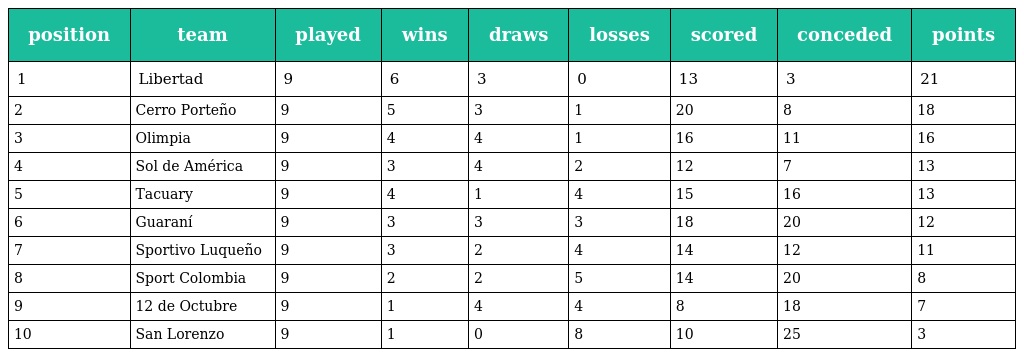
| position | team | played | wins | draws | losses | scored | conceded | points |
 | --- | --- | --- | --- | --- | --- | --- | --- | --- |
 | 1 | Libertad | 9 | 6 | 3 | 0 | 13 | 3 | 21 |
 | 2 | Cerro Porteño | 9 | 5 | 3 | 1 | 20 | 8 | 18 |
 | 3 | Olimpia | 9 | 4 | 4 | 1 | 16 | 11 | 16 |
 | 4 | Sol de América | 9 | 3 | 4 | 2 | 12 | 7 | 13 |
 | 5 | Tacuary | 9 | 4 | 1 | 4 | 15 | 16 | 13 |
 | 6 | Guaraní | 9 | 3 | 3 | 3 | 18 | 20 | 12 |
 | 7 | Sportivo Luqueño | 9 | 3 | 2 | 4 | 14 | 12 | 11 |
 | 8 | Sport Colombia | 9 | 2 | 2 | 5 | 14 | 20 | 8 |
 | 9 | 12 de Octubre | 9 | 1 | 4 | 4 | 8 | 18 | 7 |
 | 10 | San Lorenzo | 9 | 1 | 0 | 8 | 10 | 25 | 3 |